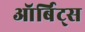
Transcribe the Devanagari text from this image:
ऑर्बिट्स